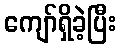
ကျော်ရှိခဲ့ပြီး